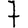
Digit: 7